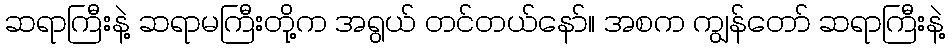
ဆရာကြီးနဲ့ ဆရာမကြီးတို့က အရွယ် တင်တယ်နော်။ အစက ကျွန်တော် ဆရာကြီးနဲ့